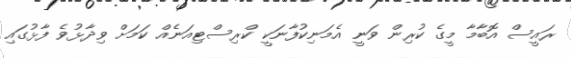
ރައީސް އޮބާމާ މީގެ ކުރިން ވަނީ އެމަނިކުފާނަކީ ކްރިސްޓިއަނެއް ކަމަށް ވިދާޅުވެ ފާޅުގައި